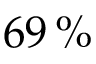
6 9 \, \%